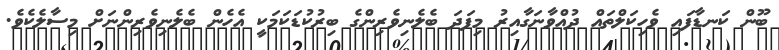
ބޫން ކަނޑާފައި ވެހިކަލްތައް ދުއްވާނަގާއިރު މިފަދަ ބެލެނިވެރިންގެ ބިރުކުޑަކަމަކީ އެހެން ބެލެނިވެރިންނަށް މިސާލެކެވެ.